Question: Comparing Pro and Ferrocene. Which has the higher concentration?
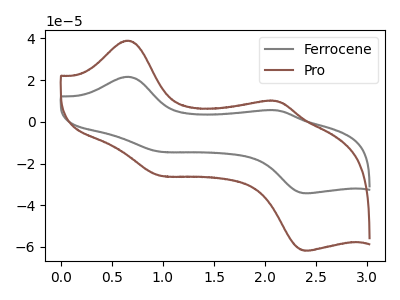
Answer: <think>The gray curve "Ferrocene" has anodic peaks at (0.65V, 21.60uA) (2.10V, 5.50uA) and cathodic peaks at (0.95V, -14.30uA) (2.40V, -34.25uA). The brown curve "Pro" has anodic peaks at (0.65V, 38.90uA) (2.10V, 9.90uA) and cathodic peaks at (0.95V, -25.75uA) (2.40V, -61.75uA).
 All the peaks in "Pro" have a peak in "Ferrocene" at the same potential. Every peak in "Pro" is higher than every peak in "Ferrocene".</think>
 <answer>"Pro" has more signal than "Ferrocene" and so likely has a higher concentration.</answer>
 <eval>more_concentration</eval>